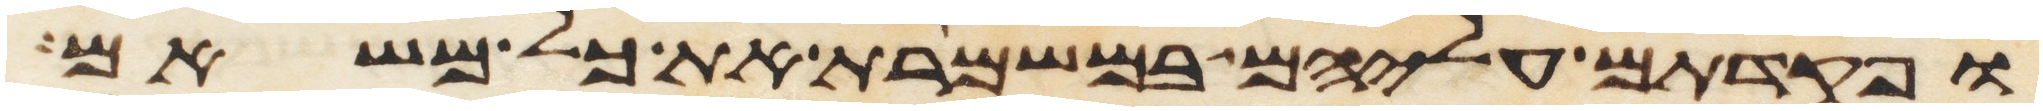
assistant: ופקדתם עליהם במשמרת את כל משאם